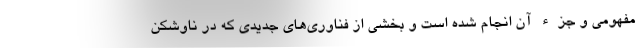
مفهومی و جزء آن انجام شده است و بخشی از فناوری‌های جدیدی که در ناوشکن